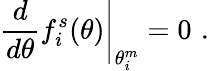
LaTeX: \left.\frac{d}{d\theta}f_{i}^{s}(\theta)\right|_{\theta_{i}^{m}}=0\, \, .